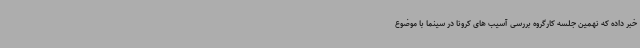
خبر داده که نهمین جلسه کارگروه بررسی آسیب های کرونا در سینما با موضوع